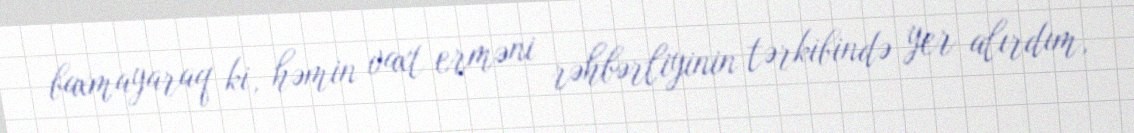
baxmayaraq ki, həmin vaxt erməni rəhbərliyinin tərkibində yer alırdım,